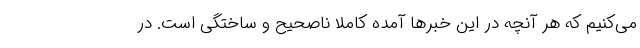
می‌کنیم که هر آنچه در این خبرها آمده کاملا ناصحیح و ساختگی است. در